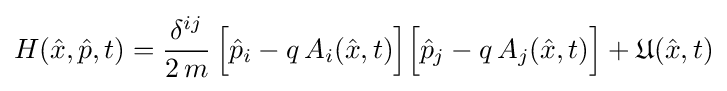
H({\hat {x}},{\hat {p}},t)={\frac {\delta ^{ij}}{2\,m}}\,{\Big [}{\hat {p}}_{i}-q\,A_{i}({\hat {x}},t){\Big ]}{\Big [}{\hat {p}}_{j}-q\,A_{j}({\hat {x}},t){\Big ]}+{\mathfrak {U}}({\hat {x}},t)